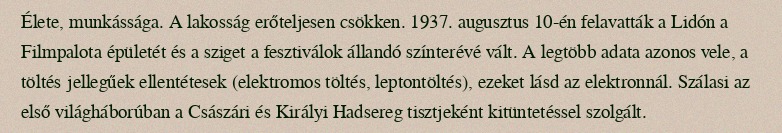
Élete, munkássága. A lakosság erőteljesen csökken. 1937. augusztus 10-én felavatták a Lidón a Filmpalota épületét és a sziget a fesztiválok állandó színterévé vált. A legtöbb adata azonos vele, a töltés jellegűek ellentétesek (elektromos töltés, leptontöltés), ezeket lásd az elektronnál. Szálasi az első világháborúban a Császári és Királyi Hadsereg tisztjeként kitüntetéssel szolgált.